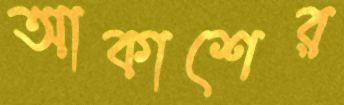
আকাশের